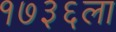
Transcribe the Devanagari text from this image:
१७३६ला